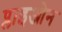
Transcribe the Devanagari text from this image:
प्लाइओन